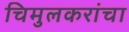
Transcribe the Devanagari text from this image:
चिमुलकरांचा